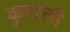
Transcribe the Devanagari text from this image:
कुराली